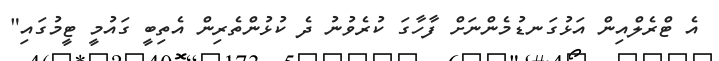
އެ ޓްރެލްއިން އަޅުގަނޑުމެންނަށް ފާހާގަ ކުރެވުނު ދެ ކުޅުންތެރިން އެތިބީ ގައުމީ ޓީމުގައި"